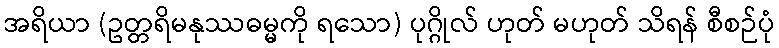
အရိယာ (ဥတ္တရိမနုဿဓမ္မကို ရသော) ပုဂ္ဂိုလ် ဟုတ် မဟုတ် သိရန် စီစဉ်ပုံ